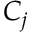
C _ { j }